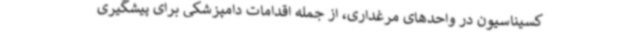
کسیناسیون در واحدهای مرغداری، از جمله اقدامات دامپزشکی برای پیشگیری